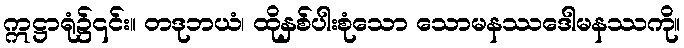
ဣဋ္ဌာရုံ၌၎င်း။ တဒုဘယံ၊ ထိုနှစ်ပါးစုံသော သောမနဿဒေါမနဿကို။